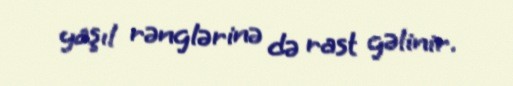
yaşıl rənglərinə də rast gəlinir.